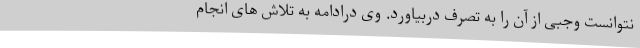
نتوانست وجبی از آن را به تصرف دربیاورد. وی درادامه به تلاش های انجام